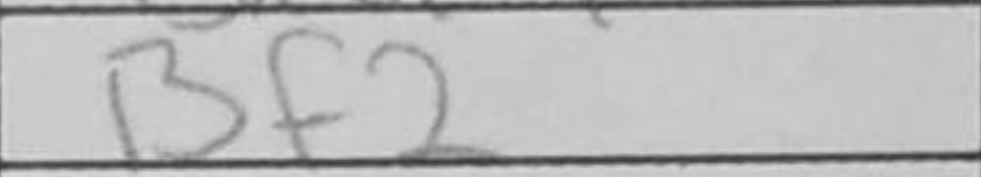
Transcription: Bf2